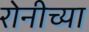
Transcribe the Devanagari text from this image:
रोनीच्या